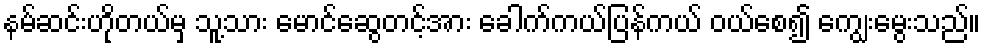
နမ်ဆင်းဟိုတယ်မှ သူ့သား မောင်ဆွေတင့်အား ခေါက်ကယ်ပြန်ကယ် ဝယ်စေ၍ ကျွေးမွေးသည်။